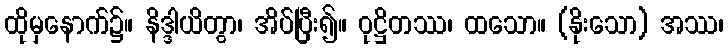
ထိုမှနောက်၌။ နိဒ္ဒါယိတွာ၊ အိပ်ပြီး၍။ ဝုဋ္ဌိတဿ၊ ထသော။ (နိုးသော) အဿ၊